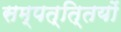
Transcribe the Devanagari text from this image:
सम्पत्ति्तयों